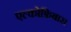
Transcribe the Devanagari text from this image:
एल्कोफ्रिबास